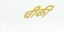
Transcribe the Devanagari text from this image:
चीकी